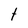
Character: t